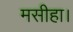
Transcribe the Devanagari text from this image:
मसीहा।